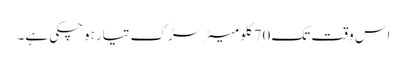
اس وقت تک 70کلو میٹر سڑک تیار ہوچکی ہے۔